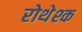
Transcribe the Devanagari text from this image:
रोथेश्क